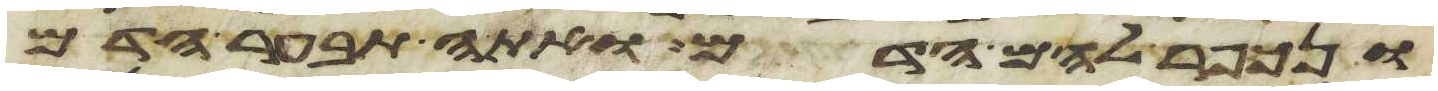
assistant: ונכפר להם הדם ואתה תבער הדם